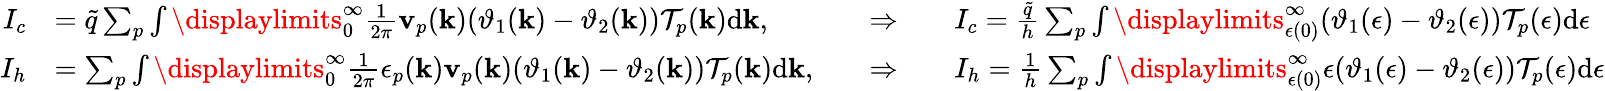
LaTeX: \begin{array}{rlrl}{I_{c}}&{=\tilde{q}\sum_{p}\int\displaylimits_{0}^{\infty}\frac{1}{2\pi}\mathbf v_{p}(\mathbf k)(\vartheta_{1}(\mathbf k)-\vartheta_{2}(\mathbf k))\mathcal{T}_{p}(\mathbf k)\textrm{d}\mathbf k,\quad}&{\Rightarrow\quad}&{I_{c}=\frac{\tilde{q}}{h}\sum_{p}\int\displaylimits_{\epsilon(0)}^{\infty}(\vartheta_{1}(\epsilon)-\vartheta_{2}(\epsilon))\mathcal{T}_{p}(\epsilon)\textrm{d}\epsilon}\\ {I_{h}}&{=\sum_{p}\int\displaylimits_{0}^{\infty}\frac{1}{2\pi}\epsilon_{p}(\mathbf k)\mathbf v_{p}(\mathbf k)(\vartheta_{1}(\mathbf k)-\vartheta_{2}(\mathbf k))\mathcal{T}_{p}(\mathbf k)\textrm{d}\mathbf k,\quad}&{\Rightarrow\quad}&{I_{h}=\frac{1}{h}\sum_{p}\int\displaylimits_{\epsilon(0)}^{\infty}\epsilon(\vartheta_{1}(\epsilon)-\vartheta_{2}(\epsilon))\mathcal{T}_{p}(\epsilon)\textrm{d}\epsilon}\end{array}